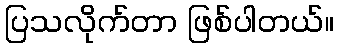
ပြသလိုက်တာ ဖြစ်ပါတယ်။